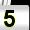
Digit: 5